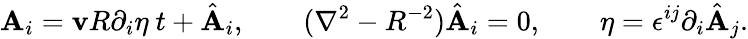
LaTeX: \mathbf{A}_{i}={\mathbf{v}R}\partial_{i}\eta\ t+\hat{{\mathbf{A}}}_{i},\qquad(\nabla^{2}-{R^{-2}})\hat{{\mathbf{A}}}_{i}=0,\qquad\eta=\epsilon^{ij}\partial_{i}\hat{{\mathbf{A}}}_{j}.